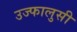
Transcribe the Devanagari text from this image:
उज्फालुसी